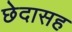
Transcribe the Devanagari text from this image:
छेदासह